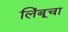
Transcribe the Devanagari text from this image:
लिंबूचा